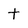
Character: t